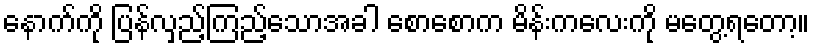
နောက်ကို ပြန်လှည့်ကြည့်သောအခါ စောစောက မိန်းကလေးကို မတွေ့ရတော့။